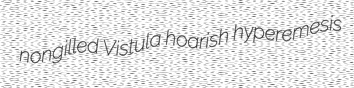
nongilled Vistula hoarish hyperemesis